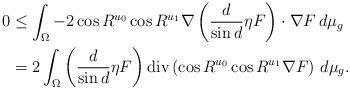
LaTeX: \begin{align*} 0&\le \int_\Omega - 2\cos R^{u_0} \cos R^{u_1} \nabla \left(\frac{d}{\sin d} \eta F\right) \cdot \nabla F\, d\mu_g \\ &=2 \int_\Omega \left(\frac{d}{\sin d} \eta F\right) \textup{div} \left(\cos R^{u_0} \cos R^{u_1}\nabla F\right)\, d\mu_g. \end{align*}